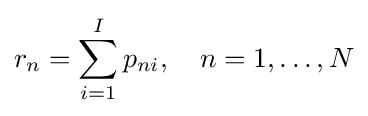
r_{n}=\sum _{i=1}^{I}p_{ni},\quad n=1,\dots ,N